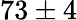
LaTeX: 73\pm 4